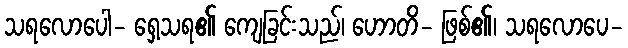
သရလောပေါ- ရှေ့သရ၏ ကျေခြင်းသည်၊ ဟောတိ- ဖြစ်၏၊ သရလောပေ-